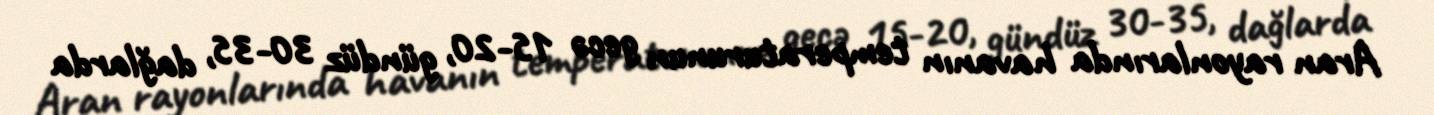
Aran rayonlarında havanın temperaturunun gecə 15-20, gündüz 30-35, dağlarda